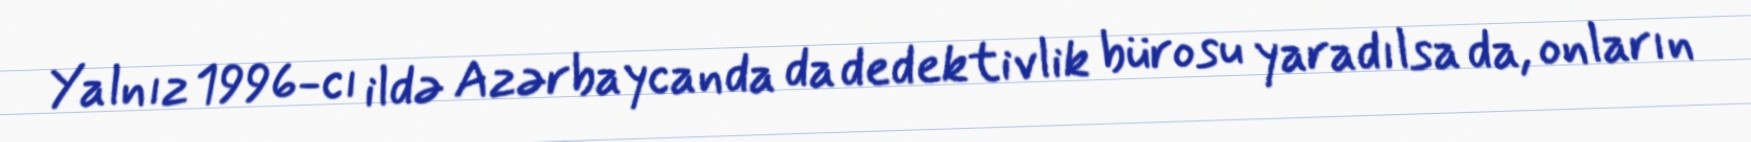
Yalnız 1996-cı ildə Azərbaycanda da dedektivlik bürosu yaradılsa da, onların